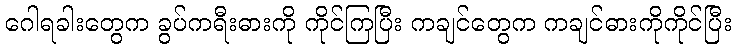
ဂေါရခါးတွေက ခွပ်ကရီးဓားကို ကိုင်ကြပြီး ကချင်တွေက ကချင်ဓားကိုကိုင်ပြီး